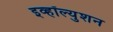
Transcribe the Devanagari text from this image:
इव्हॉल्युशन